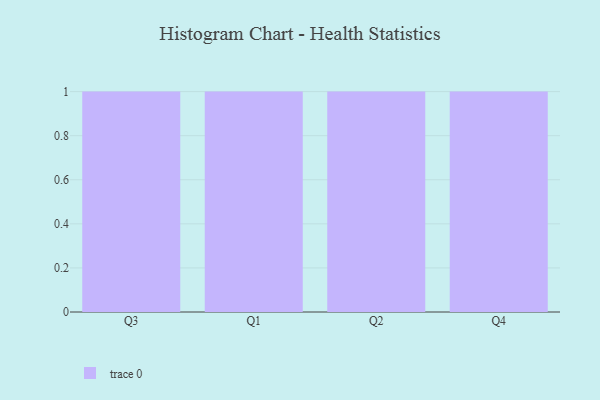
{"axis": {"x": "Quarter", "y": "Energy Usage (MWh)"}, "legend": [""], "data": [{"x": "Q3", "y": 29, "type": ""}, {"x": "Q1", "y": 85, "type": ""}, {"x": "Q2", "y": 92, "type": ""}, {"x": "Q4", "y": 63, "type": ""}]}